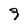
Character: 9